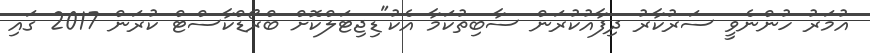
އުމަރު ހުންނެވީ ސަރުކާރު ދިފާއުކުރަން ސާބިތުކަމާ އެކު"ޑިޖިޓަލްކޮށް ބްރޯޑްކާސްޓް ކުރަން 2017 ގައި